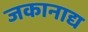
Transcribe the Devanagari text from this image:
जकानाद्य